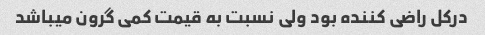
در‌کل راضی کننده بود ولی نسبت به قیمت کمی گرون میباشد